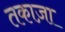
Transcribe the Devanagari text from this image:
तकाज़ा